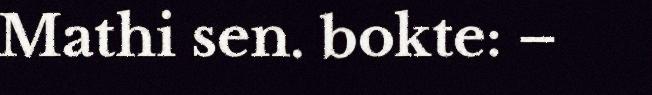
Mathi sen. bokte: –